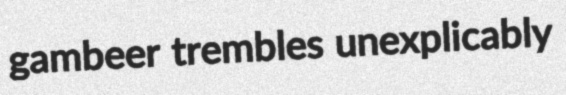
gambeer trembles unexplicably